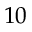
1 0